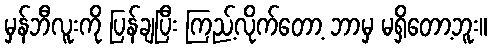
မှန်ဘီလူးကို ပြန်ချပြီး ကြည့်လိုက်တော့ ဘာမှ မရှိတော့ဘူး။